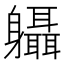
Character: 𨊞